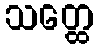
သတ္ထေ